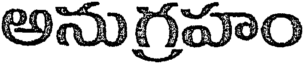
అనుగ్రహం